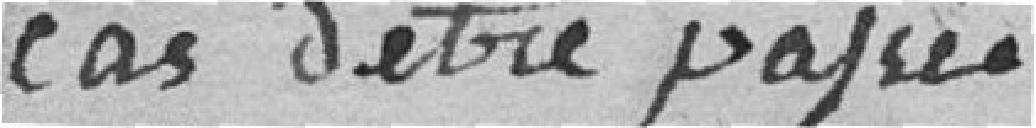
cas d'être payée.